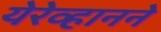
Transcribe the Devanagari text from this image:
येरेव्हानने